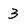
Character: 3